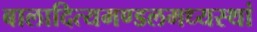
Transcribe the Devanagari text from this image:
बालादित्यमण्डलमध्यस्थां